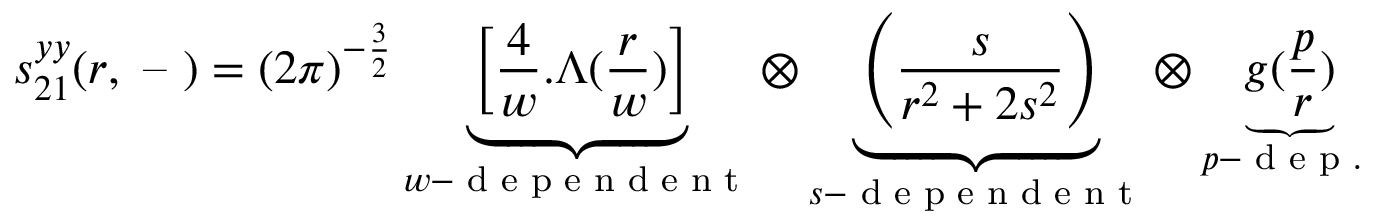
s _ { 2 1 } ^ { y y } ( r , \textrm { -- } ) = ( 2 \pi ) ^ { - \frac 3 2 } \underbrace { \left[ \frac { 4 } { w } . \Lambda ( \frac { r } { w } ) \right] } _ { w - \textrm { d e p e n d e n t } } \otimes \underbrace { \left( \frac { s } { r ^ { 2 } + 2 s ^ { 2 } } \right) } _ { s - \textrm { d e p e n d e n t } } \otimes \underbrace { g ( \frac p r ) } _ { p - \textrm { d e p . } }